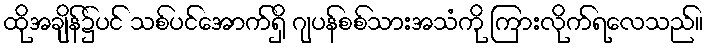
ထိုအချိန်၌ပင် သစ်ပင်အောက်ရှိ ဂျပန်စစ်သားအသံကို ကြားလိုက်ရလေသည်။